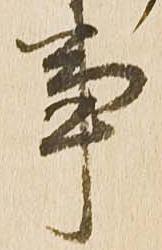
事